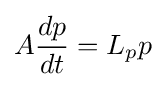
A{\frac {dp}{dt}}=L_{p}p